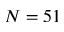
N = 5 1